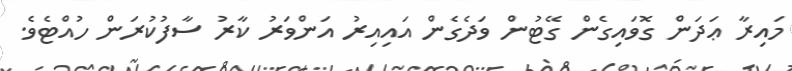
މައިރާ ޢަދަން ގޮވައިގެން ގޭޓުން ވަދެގެން އައިއިރު އަންވަރު ކާރު ސާފުކުރަން ހުއްޓެވެ.